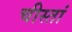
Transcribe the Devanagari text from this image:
चीस्तां